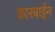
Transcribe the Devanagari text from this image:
कारबाईन